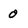
Character: 0